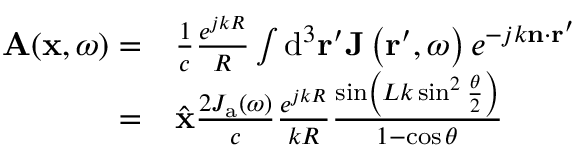
\begin{array} { r l } { \mathbf { A } ( \mathbf { x } , \omega ) = } & { { } \frac { 1 } { c } \frac { e ^ { j k R } } { R } \int \mathrm { d } ^ { 3 } \mathbf { r } ^ { \prime } \mathbf { J } \left( \mathbf { r } ^ { \prime } , \omega \right) e ^ { - j k \mathbf { n } \cdot \mathbf { r } ^ { \prime } } } \\ { = } & { { } { \hat { \mathbf { x } } } \frac { 2 J _ { \mathrm { a } } ( \omega ) } { c } \frac { e ^ { j k R } } { k R } \frac { \sin \left( L k \sin ^ { 2 } \frac { \theta } { 2 } \right) } { 1 - \cos \theta } } \end{array}